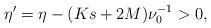
LaTeX: \begin{align*} \eta' = \eta - (K s + 2M) \nu^{-1}_{0} > 0 ,\end{align*}